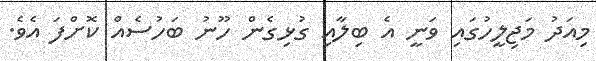
މިއަދު މަޖިލީހުގައި ވަނީ އެ ބިލާއި ގުޅިގެން ހޫނު ބަހުސެއް ކޮށްފަ އެވެ.